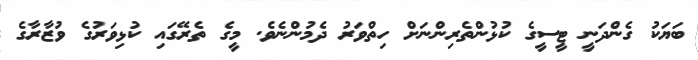
ބަޔަކު ގެންދަނީ ޓީސީގެ ކުޅުންތެރިންނަށް ހިތްވަރު ދެމުންނެެވެ. މީގެ ތެރޭގައި ކުޅިވަރުގެ ވުޒާރާގެ